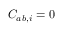
C _ { a b , i } = 0